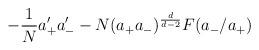
LaTeX: \begin{align*} - {1\over N} a_+' a_-' -N(a_+a_-)^{d\over d-2}F(a_-/a_+)\end{align*}